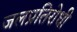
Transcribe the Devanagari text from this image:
जलप्रतिरोधी